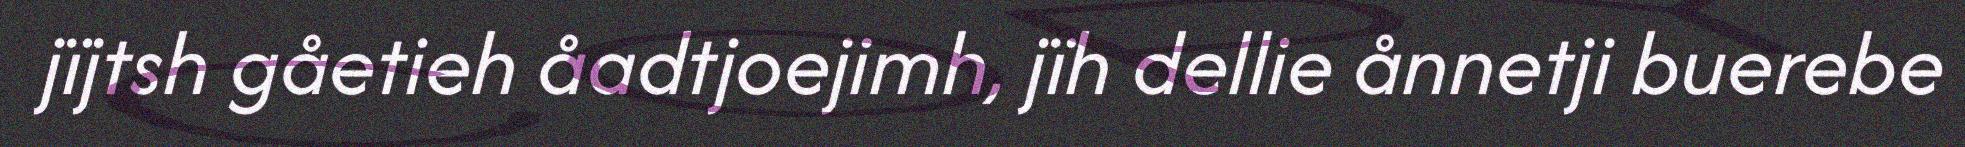
jïjtsh gåetieh åadtjoejimh, jïh dellie ånnetji buerebe